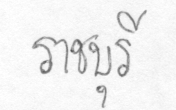
ราชบุรี